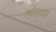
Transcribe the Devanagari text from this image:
श्वेताव्ज